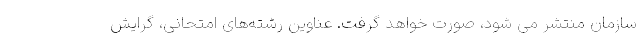
سازمان منتشر می شود، صورت خواهد گرفت. عناوین رشته‌های امتحانی، گرایش